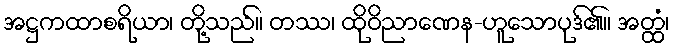
အဋ္ဌကထာစရိယာ၊ တို့သည်။ တဿ၊ ထိုဝိညာဏေန-ဟူသောပုဒ်၏။ အတ္ထံ၊